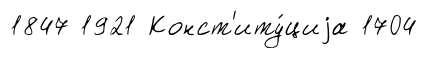
1847 1921 Конст'иту́циjа 1704